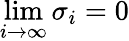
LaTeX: \operatorname*{lim}_{i\to\infty}\sigma_{i}=0